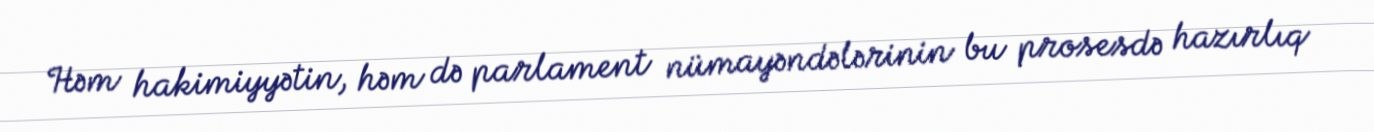
Həm hakimiyyətin, həm də parlament nümayəndələrinin bu prosesdə hazırlıq